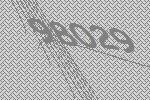
98029